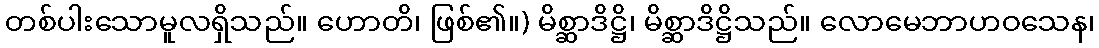
တစ်ပါးသောမူလရှိသည်။ ဟောတိ၊ ဖြစ်၏။) မိစ္ဆာဒိဋ္ဌိ၊ မိစ္ဆာဒိဋ္ဌိသည်။ လောမေဘာဟဝသေန၊